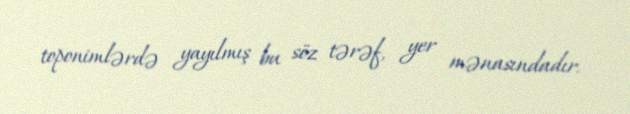
toponimlərdə yayılmış bu söz tərəf, yer mənasındadır.